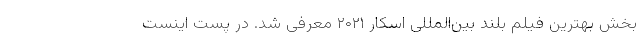
بخش بهترین فیلم بلند بین‌المللی اسکار ۲۰۲۱ معرفی شد. در پست اینست